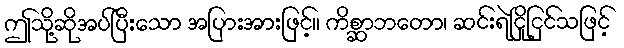
ဤသို့ဆိုအပ်ပြီးသော အပြားအားဖြင့်။ ကိစ္ဆာဘတော၊ ဆင်းရဲငြိုငြင်သဖြင့်